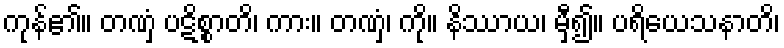
ကုန်၏။ တဏှံ ပဋိစ္စာတိ၊ ကား။ တဏှံ၊ ကို။ နိဿာယ၊ မှီ၍။ ပရိယေသနာတိ၊